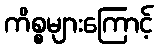
ကိစ္စများကြောင့်